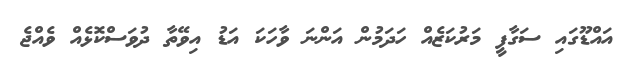
އައްޑޫގައި ސަގާފީ މަރުކަޒެއް ހަދަމުން އަންނަ ވާހަކަ އަޑު އިވޭތާ ދުވަސްކޮޅެއް ވެއްޖެ